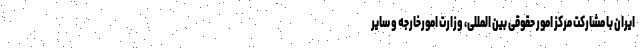
ایران با مشارکت مرکز امور حقوقی بین المللی، وزارت امورخارجه و سایر